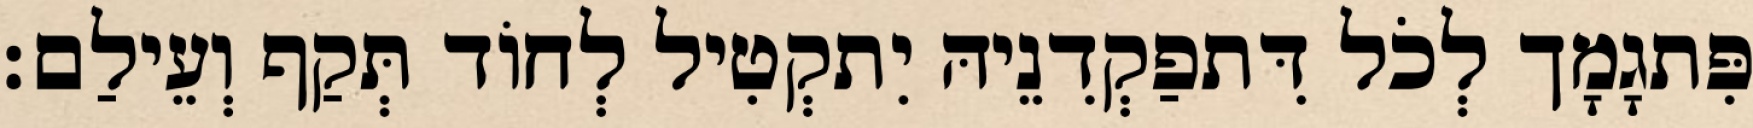
פִּתגָמָך לְכֹל דִּתפַקְדִנֵיהּ יִתקְטִיל לְחוֹד תְּקַף וְעֵילַם׃